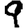
Digit: 9